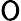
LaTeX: \textsf{O}